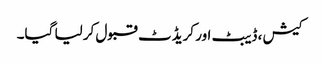
کیش ، ڈیبٹ اور کریڈٹ قبول کر لیا گیا۔